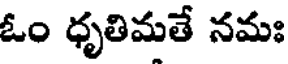
ఓం ధృతిమతే నమః